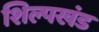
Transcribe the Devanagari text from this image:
शिल्पखंड